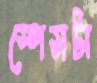
স্পেসটা